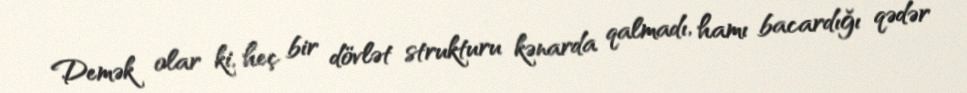
Demək olar ki, heç bir dövlət strukturu kənarda qalmadı, hamı bacardığı qədər